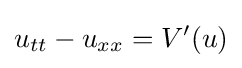
u_{tt}-u_{xx}=V'(u)